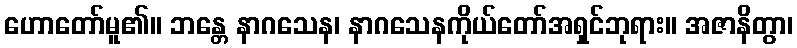
ဟောတော်မူ၏။ ဘန္တေ နာဂသေန၊ နာဂသေနကိုယ်တော်အရှင်ဘုရား။ အဇာနိတွာ၊